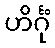
ဟိင်္ဂုံ